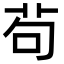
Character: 茍